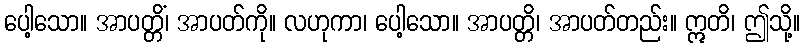
ပေါ့သော။ အာပတ္တိံ၊ အာပတ်ကို။ လဟုကာ၊ ပေါ့သော။ အာပတ္တိ၊ အာပတ်တည်း။ ဣတိ၊ ဤသို့။